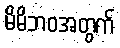
မိမိဘဝအတွက်